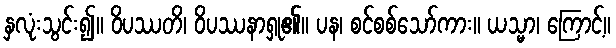
နှလုံးသွင်း၍။ ဝိပဿတိ၊ ဝိပဿနာရှု၏။ ပန၊ စင်စစ်သော်ကား။ ယသ္မာ၊ ကြောင့်။